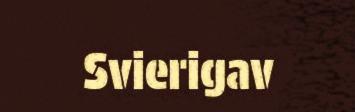
Svierigav